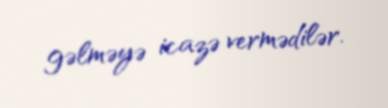
gəlməyə icazə vermədilər.